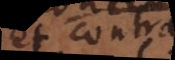
et contra